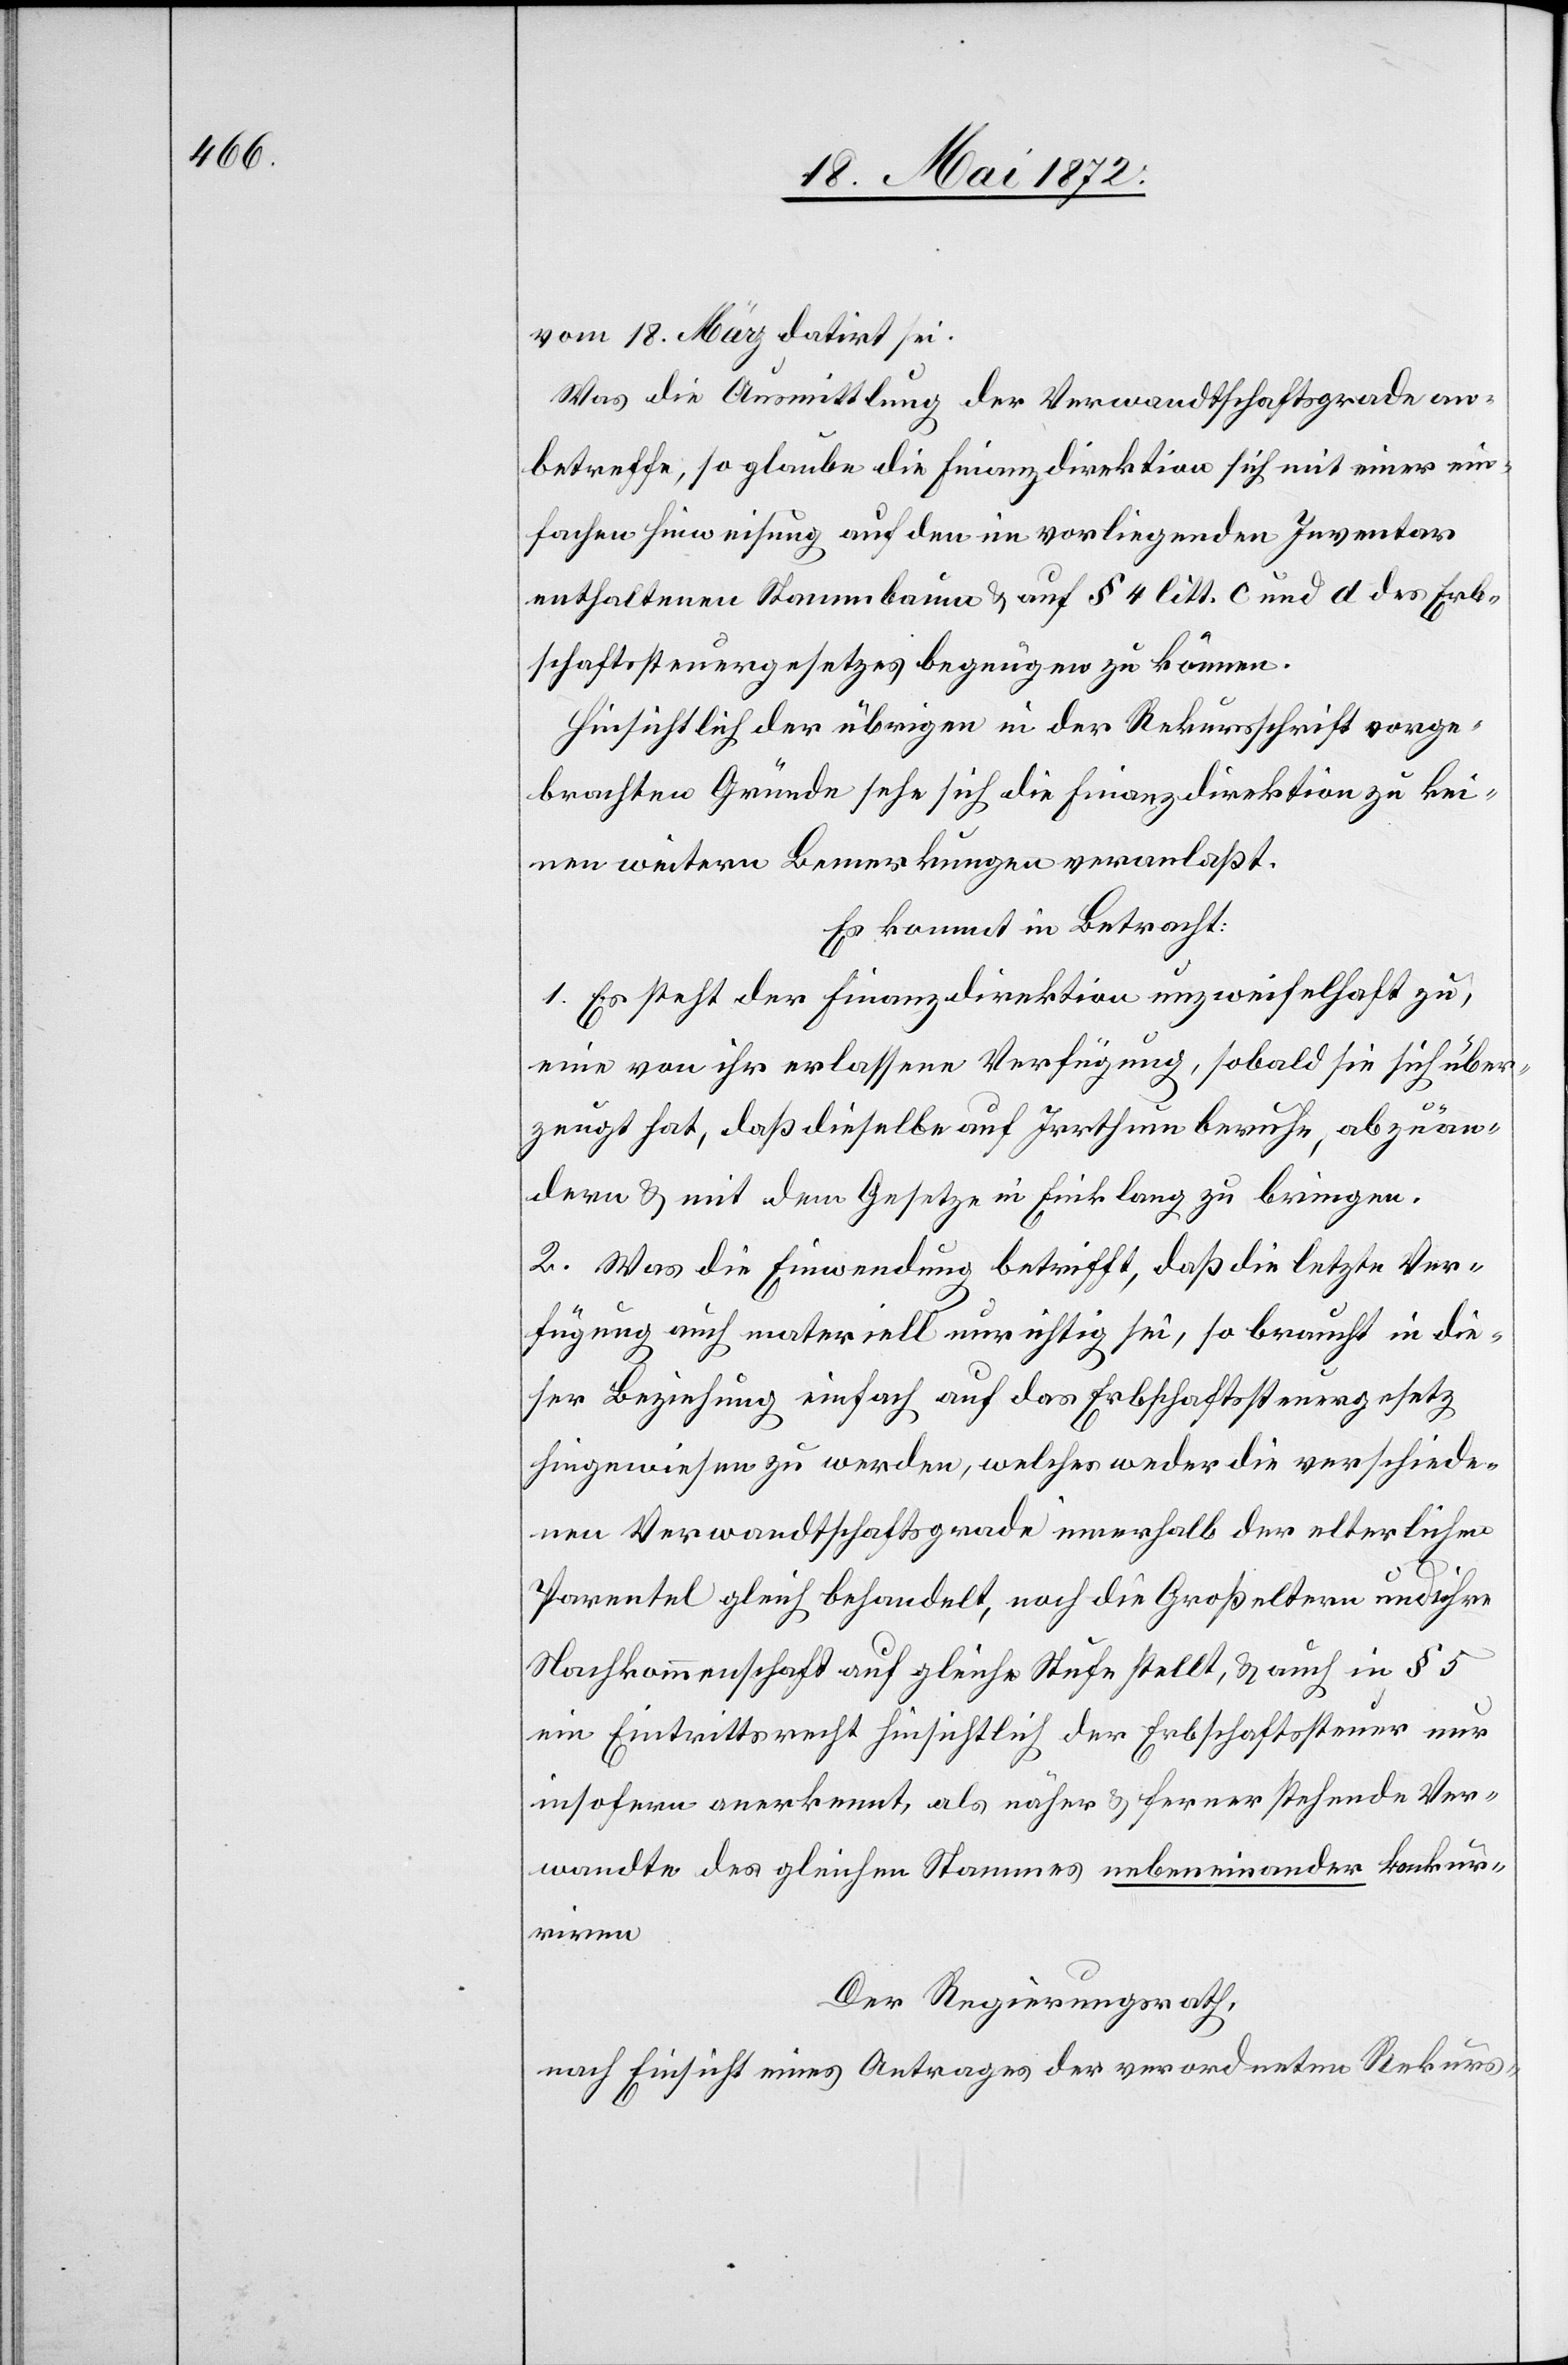
vom 18. May datirt sei.
Was die Ausmittlung der Verwandtschaftsgrade an¬
betreffe, so glaube die Finanzdirektion sich mit einer ein¬
fachen Hinweisung auf den im vorliegenden Inventar
enthaltenen Stammbaume u. auf § 4 litt. c und d des Erb¬
schaftssteuergesetzes begnügen zu können.
Hinsichtlich der übrigen in der Rekursschrift vorge¬
brachten Gründe sehe sich die Finanzdirektion zu kei¬
nen weitern Bemerkungen veranlaßt.
Es kommt in Betracht:
1. Es steht der Finanzdirektion unzweifelhaft zu,
eine von ihr erlassene Verfügung, sobald sie sich über¬
zeugt hat, daß dieselbe auf Irrthum beruhe, abzuän¬
dern u. mit dem Gesetze in Einklang zu bringen.
2. Was die Einwendung betrifft, daß die letzte Ver¬
fügung auch materiell unrichtig sei, so braucht in die¬
ser Beziehung einfach auf das Erbschaftssteuergesetz
hingewiesen zu werden, welches weder die verschiede¬
nen Verwandtschaftsgrade innerhalb der elterlichen
Parentel gleich behandelt, noch die Großeltern und ihre
Nachkommenschaft auf gleiche Stufe stellt, u. auch in § 5
ein Eintrittsrecht hinsichtlich der Erbschaftssteuer nur
insofern anerkennt, als näher u. ferner stehende Ver¬
wandte des gleichen Stammes nebeneinander konkur¬
riren.
Der Regierungsrath,
nach Einsicht eines Antrages der verordneten Rekurs-